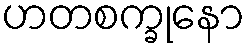
ဟတစက္ခုနော